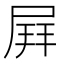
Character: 𡲄